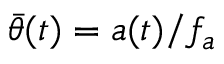
{ \bar { \theta } } ( t ) = a ( t ) / f _ { a }